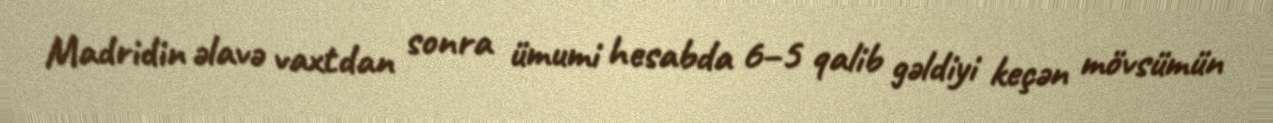
Madridin əlavə vaxtdan sonra ümumi hesabda 6–5 qalib gəldiyi keçən mövsümün